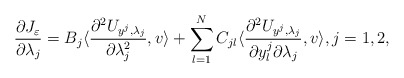
\begin{align*}\displaystyle\frac{\partial J_\varepsilon}{\partial \lambda_j} = B_j \langle\frac{\partial ^2U_{y^j, \lambda_j}}{\partial \lambda_j^2}, v\rangle + \sum_{l = 1}^NC_{jl}\langle\frac{\partial^2 U_{y^j, \lambda_j}}{\partial y^j_l\partial \lambda_j}, v\rangle,j = 1,2,\end{align*}